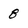
Character: 8